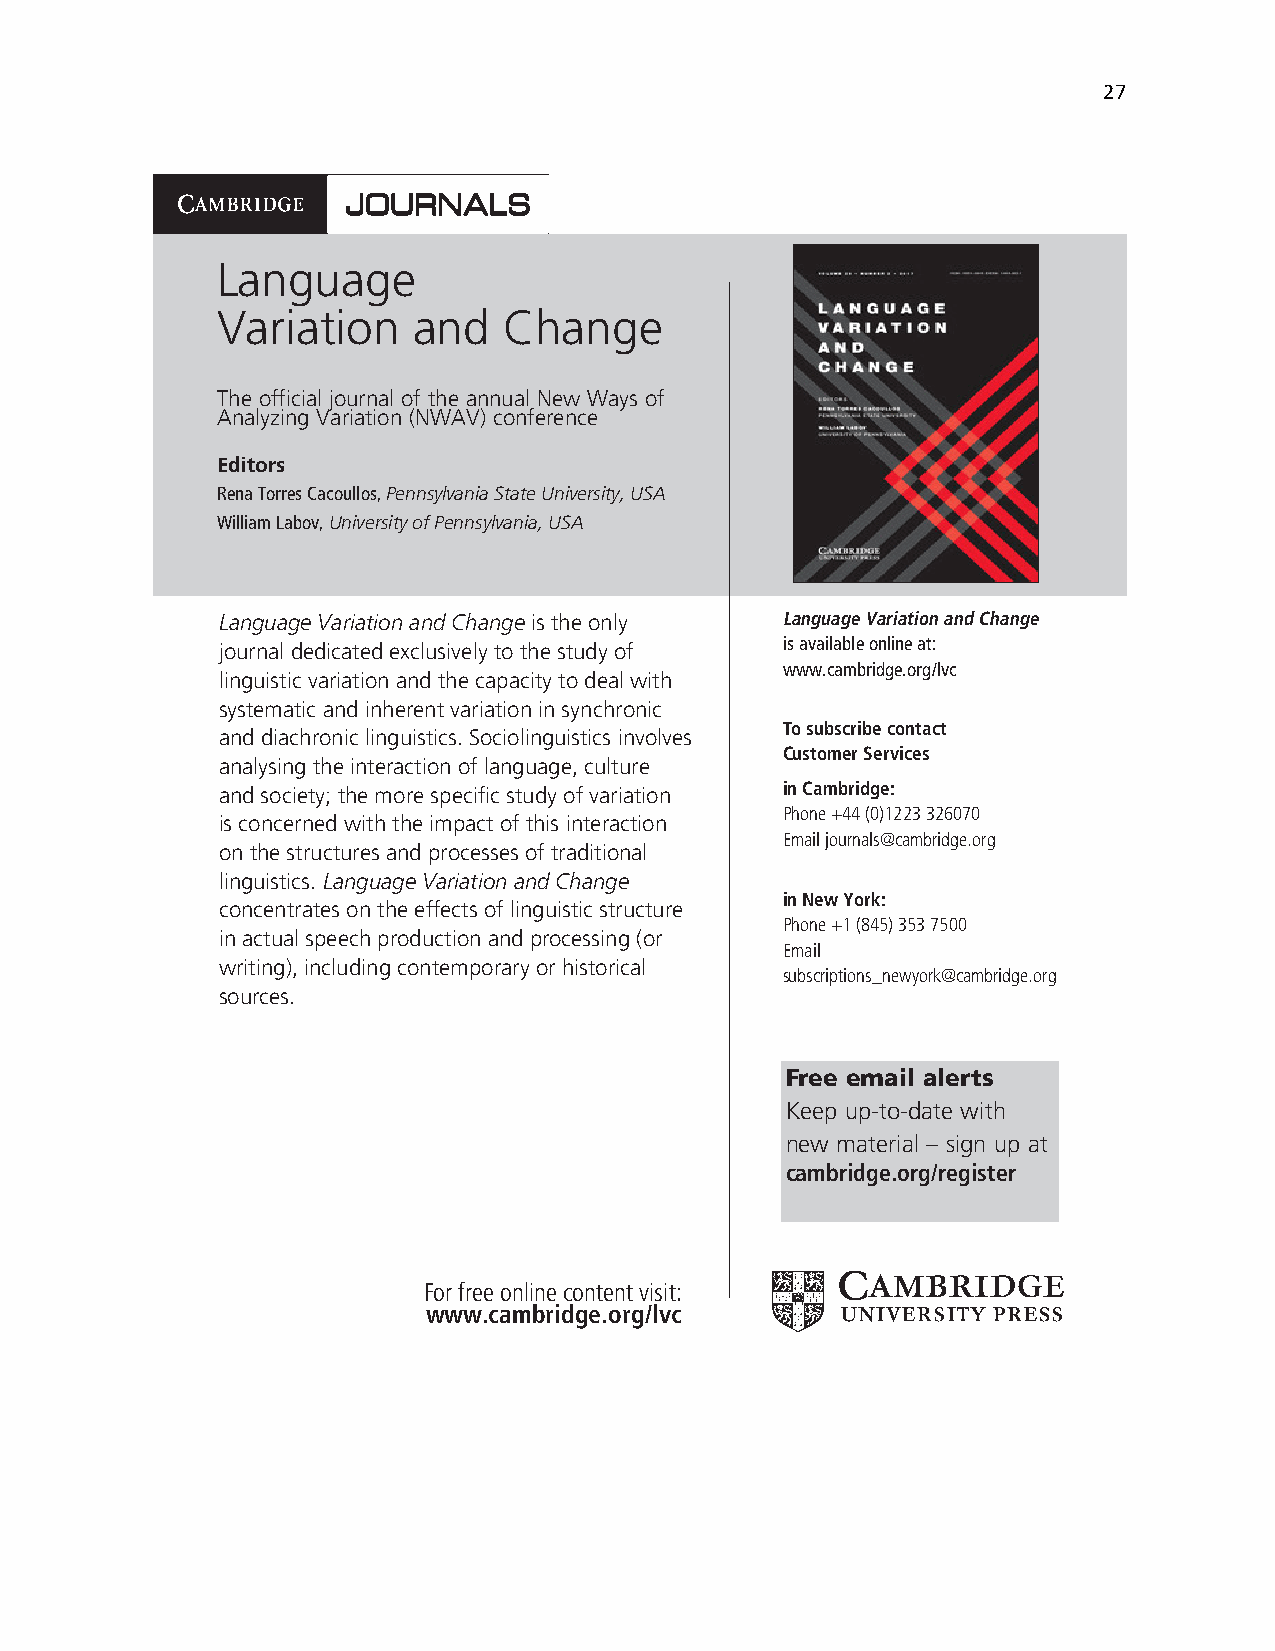
27
 Language
 Variation    and   Change
 The official journal of the annual New Ways of
 Analyzing Variation (NWAV) conference
 Editors
 Rena Torres Cacoullos, Pennsylvania State University, USA
 William Labov, University of Pennsylvania, USA
 Language Variation and Change is the only Language Variation and Change
 is available online at:
 journal dedicated exclusively to the study of
 www.cambridge.org/lvc
 linguistic variation and the capacity to deal with
 systematic and inherent variation in synchronic
 To subscribe contact
 and diachronic linguistics. Sociolinguistics involves
 Customer Services
 analysing the interaction of language, culture
 and society; the more specific study of variation in Cambridge:
 Phone +44 (0)1223 326070
 is concerned with the impact of this interaction
 Email journals@cambridge.org
 on the structures and processes of traditional
 linguistics. Language Variation and Change
 in New York:
 concentrates on the effects of linguistic structure
 Phone +1 (845) 353 7500
 in actual speech production and processing (or
 Email
 writing), including contemporary or historical
 subscriptions_newyork@cambridge.org
 sources.
 Free email alerts
 Keep up-to-date with
 new material – sign up at
 cambridge.org/register
 For free online content visit:
 www.cambridge.org/lvc